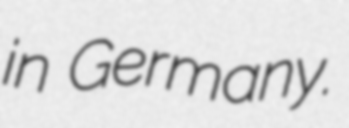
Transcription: in Germany.